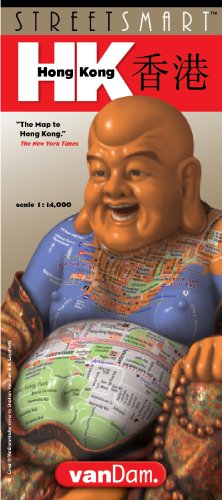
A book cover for StreetSmart Hong Kong; Stephan Van Dam; Travel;